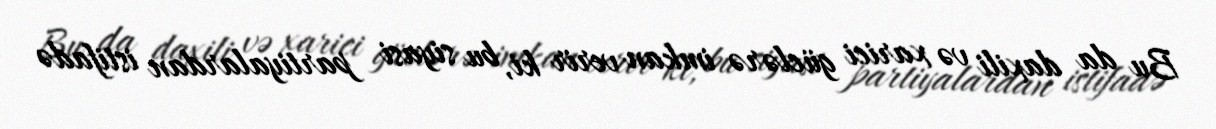
Bu da daxili və xarici güclərə imkan verir ki, bu siyasi partiyalardan istifadə